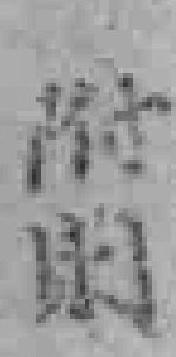
附則